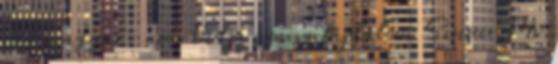
még magyar, nem tudja, mi a fájdalom Szuper Mi